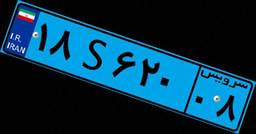
۱۸S۶۲۰۰۸